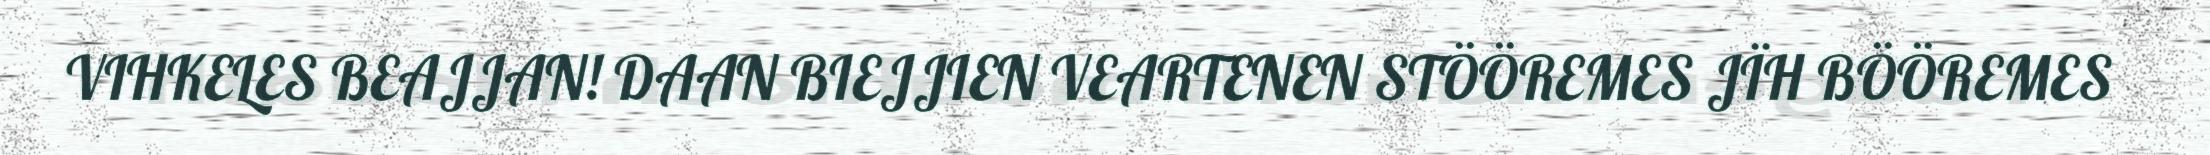
VIHKELES BEAJJAN! DAAN BIEJJIEN VEARTENEN STÖÖREMES JÏH BÖÖREMES